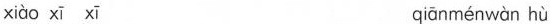
xiào xī xī qiānménwàn hù